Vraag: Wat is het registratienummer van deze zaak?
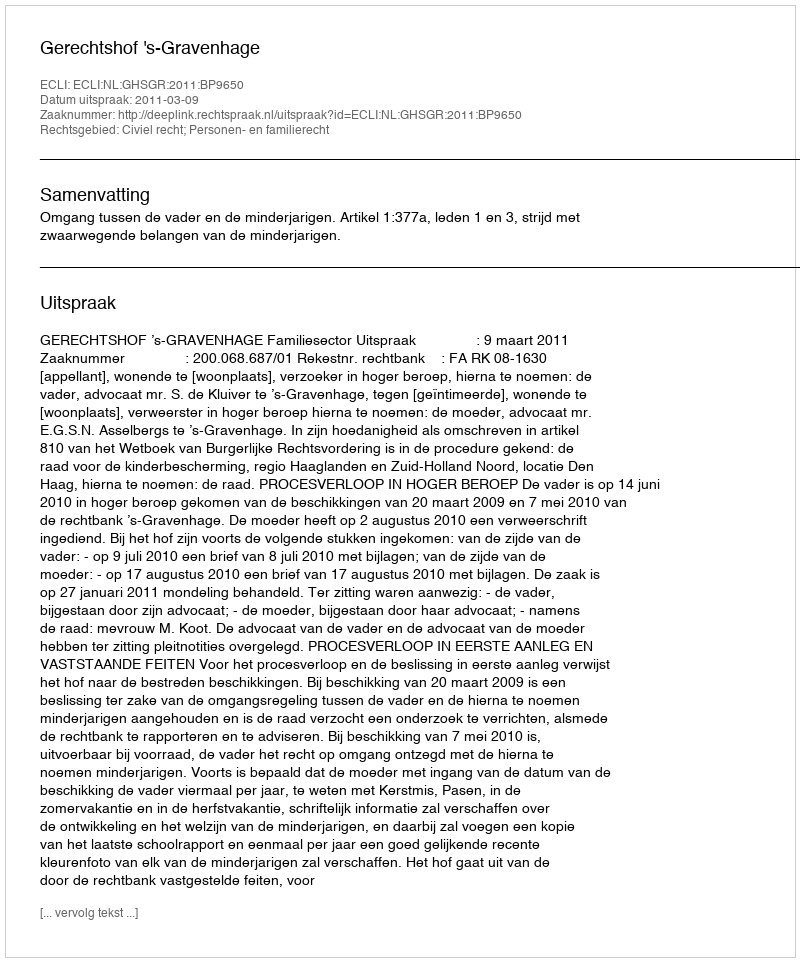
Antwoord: http://deeplink.rechtspraak.nl/uitspraak?id=ECLI:NL:GHSGR:2011:BP9650